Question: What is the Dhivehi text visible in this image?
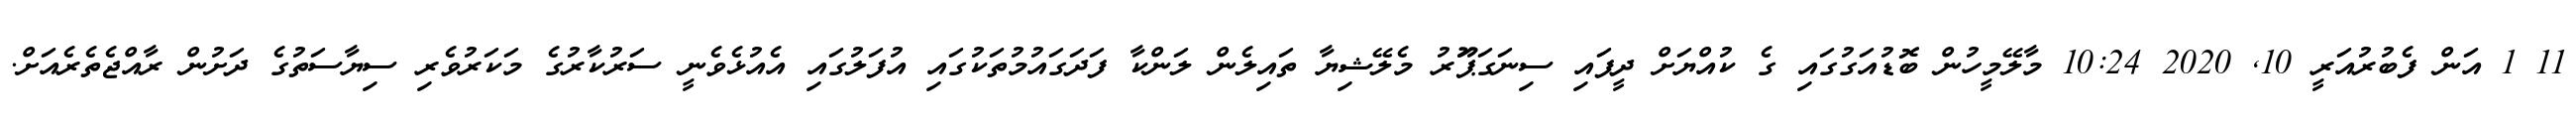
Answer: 11 1 އަން ފެބުރުއަރީ 10, 2020 10:24 މާލޭމީހުން ބޮޑުއަގުގައި ގެ ކުއްޔަށް ދީފައި ސިނަގަޕަޫރު މެލޭޝިޔާ ތައިލެން ލަންކާ ފަދަގައުމުތަކުގައި އުފަލުގައި އެއުޅެވެނީ ސަރުކާރުގެ މަކަރުވެރި ސިޔާސަތުގެ ދަށުން ރާއްޖެތެރެއަށް.